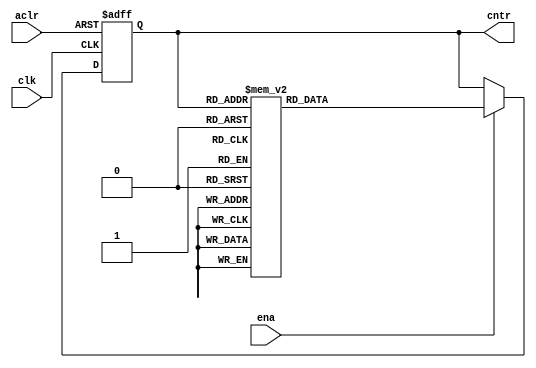
// (C) 2001-2016 Altera Corporation. All rights reserved.
// Your use of Altera Corporation's design tools, logic functions and other 
// software and tools, and its AMPP partner logic functions, and any output 
// files any of the foregoing (including device programming or simulation 
// files), and any associated documentation or information are expressly subject 
// to the terms and conditions of the Altera Program License Subscription 
// Agreement, Altera MegaCore Function License Agreement, or other applicable 
// license agreement, including, without limitation, that your use is for the 
// sole purpose of programming logic devices manufactured by Altera and sold by 
// Altera or its authorized distributors.  Please refer to the applicable 
// agreement for further details.


// $Id: $
// $Revision: $
// $Date: $
// $Author: $
//-----------------------------------------------------------------------------

`timescale 1 ps / 1 ps
// Copyright 2012 Altera Corporation. All rights reserved.  
// Altera products are protected under numerous U.S. and foreign patents, 
// maskwork rights, copyrights and other intellectual property laws.  
//
// This reference design file, and your use thereof, is subject to and governed
// by the terms and conditions of the applicable Altera Reference Design 
// License Agreement (either as signed by you or found at www.altera.com).  By
// using this reference design file, you indicate your acceptance of such terms
// and conditions between you and Altera Corporation.  In the event that you do
// not agree with such terms and conditions, you may not use the reference 
// design file and please promptly destroy any copies you have made.
//
// This reference design file is being provided on an "as-is" basis and as an 
// accommodation and therefore all warranties, representations or guarantees of 
// any kind (whether express, implied or statutory) including, without 
// limitation, warranties of merchantability, non-infringement, or fitness for
// a particular purpose, are specifically disclaimed.  By making this reference
// design file available, Altera expressly does not recommend, suggest or 
// require that this reference design file be used in combination with any 
// other product not provided by Altera.
/////////////////////////////////////////////////////////////////////////////

module gray_cntr_4 #(
	parameter INIT_VAL = 4'h0
)(
	input clk,
	input ena,
	input aclr,
	output reg [3:0] cntr
);

initial cntr = INIT_VAL;

always @(posedge clk or posedge aclr) begin
	if (aclr) cntr <= INIT_VAL;
	else begin
		if (ena) begin
			case (cntr) 
				4'h0 : cntr <= 4'h1;
				4'h1 : cntr <= 4'h3;
				4'h2 : cntr <= 4'h6;
				4'h3 : cntr <= 4'h2;
				4'h4 : cntr <= 4'hc;
				4'h5 : cntr <= 4'h4;
				4'h6 : cntr <= 4'h7;
				4'h7 : cntr <= 4'h5;
				4'h8 : cntr <= 4'h0;
				4'h9 : cntr <= 4'h8;
				4'ha : cntr <= 4'hb;
				4'hb : cntr <= 4'h9;
				4'hc : cntr <= 4'hd;
				4'hd : cntr <= 4'hf;
				4'he : cntr <= 4'ha;
				4'hf : cntr <= 4'he;
			endcase
		end
	end
end

endmodule
// BENCHMARK INFO :  5SGXEA7N2F45C2
// BENCHMARK INFO :  Max depth :  1.0 LUTs
// BENCHMARK INFO :  Total registers : 4
// BENCHMARK INFO :  Total pins : 7
// BENCHMARK INFO :  Total virtual pins : 0
// BENCHMARK INFO :  Total block memory bits : 0
// BENCHMARK INFO :  Comb ALUTs :                         ; 5               ;       ;
// BENCHMARK INFO :  ALMs : 3 / 234,720 ( < 1 % )
// BENCHMARK INFO :  Worst setup path @ 468.75MHz : 1.530 ns, From cntr[3]~reg0, To cntr[1]~reg0}
// BENCHMARK INFO :  Worst setup path @ 468.75MHz : 1.552 ns, From cntr[3]~reg0, To cntr[0]~reg0}
// BENCHMARK INFO :  Worst setup path @ 468.75MHz : 1.545 ns, From cntr[3]~reg0, To cntr[2]~reg0}